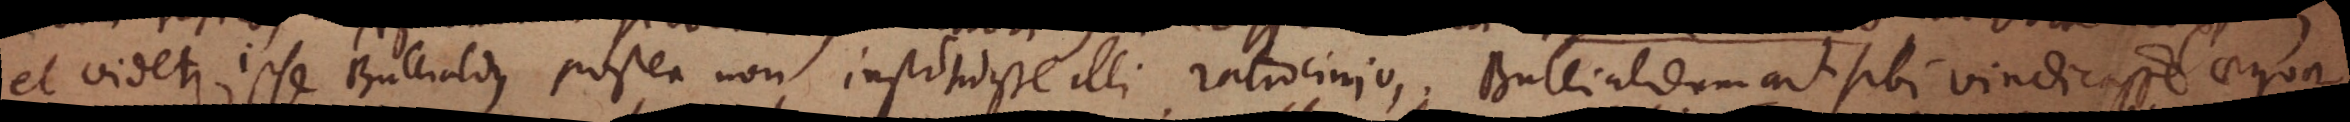
et videtur ipse Bullialdus postea non instituisse illi ratiocinio, Bullialdum ait sibi vindicasse aequa